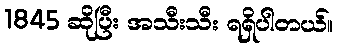
1845 ဆိုပြီး အသီးသီး ရရှိပါတယ်။